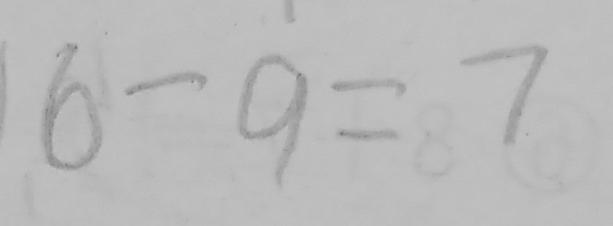
6 - 9 = 7